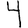
Digit: 4